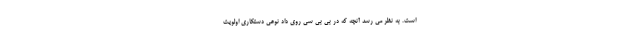
است. به نظر می رسد آنچه که در بی بی سی روی داد نوعی دستکاری اولویت